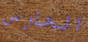
الحارس